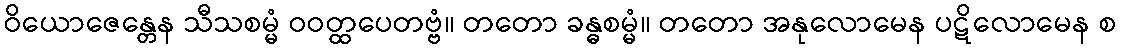
ဝိယောဇေန္တေန သီသစမ္မံ ဝဝတ္ထပေတဗ္ဗံ။ တတော ခန္ဓစမ္မံ။ တတော အနုလောမေန ပဋိလောမေန စ